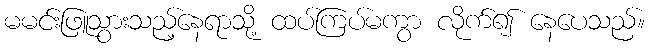
မမင်းဖြူသွားသည့်နေရာသို့ ထပ်ကြပ်မကွာ လိုက်၍ နေပေသည်။